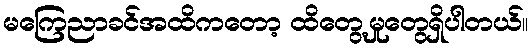
မကြေညာခင်အထိကတော့ ထိတွေ့မှုတွေရှိပါတယ်။